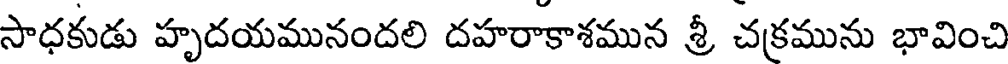
సాధకుడు హృదయమునందలి దహరాకాశమున శ్రీ చక్రమును భావించి